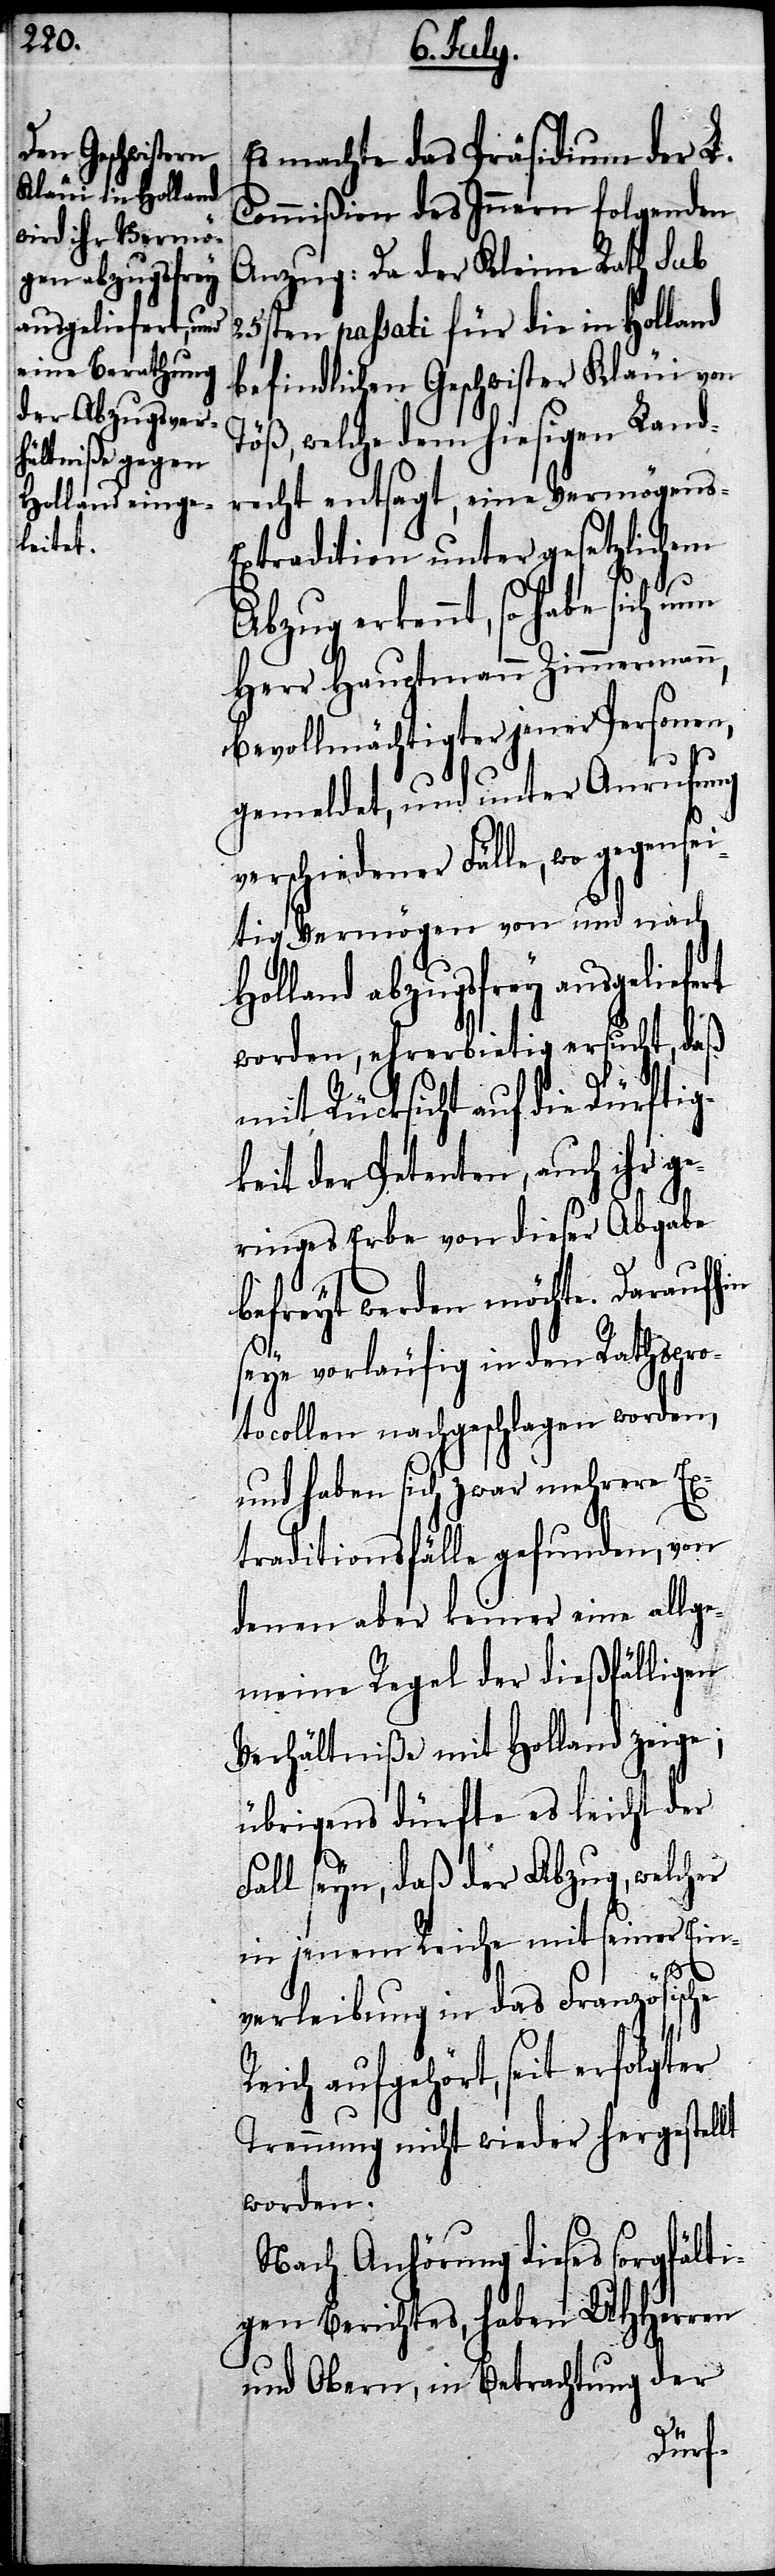
Es machte das Präsidium der L.
Commißion des Innern folgenden
Anzug: Da der Kleine Rath sub
25sten passati für die in Holland
befindlichen Geschwister Kläui von
Töß, welche dem hiesigen Land¬
recht entsagt, eine Vermögens-E¬
xtradition unter gesetzlichem
erkennt, so habe sich
Herr Hauptmann Zimmermann,
bevollmächtigter jener Personen,
gemeldet, und unter Anrufung
verschiedener Fälle, wo gegense¬
itig Vermögen von und nach
Holland abzugsfrey ausgeliefert
worden, ehrerbietig ersucht, daß
mit Rücksicht auf die Dürftig¬
keit der Petenten, auch ihr ge¬
Re¬
ringes Erbe von dieser Abgabe
befreyt werden möchte. Daraufhin
seye vorläufig in den Rathspro¬
tocollen nachgeschlagen worden,
und haben sich zwar mehrere Ex¬
traditionsfälle gefunden, von
denen aber keiner eine allge¬
meine Regel der dießfälligen
Verhältniße mit Holland zeige;
übrigens dürfte es leicht der
Fall seyn, daß der Abzug, welcher
in jenem Reiche mit seiner Ein¬
verleibung in das Französische
ich aufgehört, seit erfolgter
Trennung nicht wieder hergestellt
worden.
Nach Anhörung dieses sorgfälti¬
gen Berichtes, haben UHHerren
und Obern, in Betrachtung der